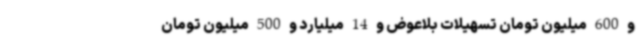
و 600 میلیون تومان تسهیلات بلاعوض و 14 میلیارد و 500 میلیون تومان